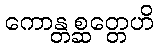
ကောန္တစ္ဆတ္တေဟိ